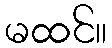
မထင်။